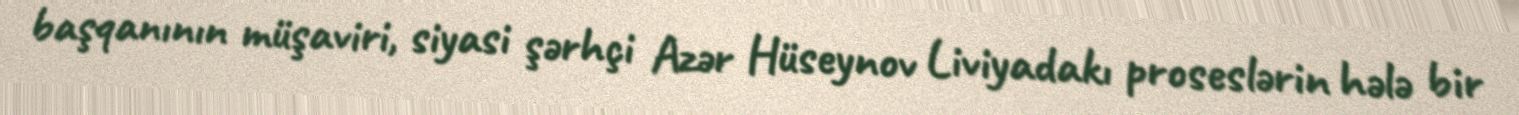
başqanının müşaviri, siyasi şərhçi Azər Hüseynov Liviyadakı proseslərin hələ bir